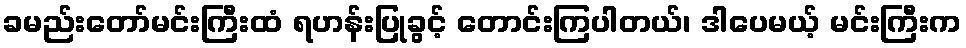
ခမည်းတော်မင်းကြီးထံ ရဟန်းပြုခွင့် တောင်းကြပါတယ်၊ ဒါပေမယ့် မင်းကြီးက